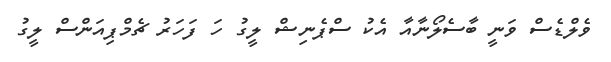
ވެލްޑެސް ވަނީ ބާސެލޯނާއާ އެކު ސްޕެނިޝް ލީގު ހަ ފަހަރު ޗެމްޕިއަންސް ލީގު